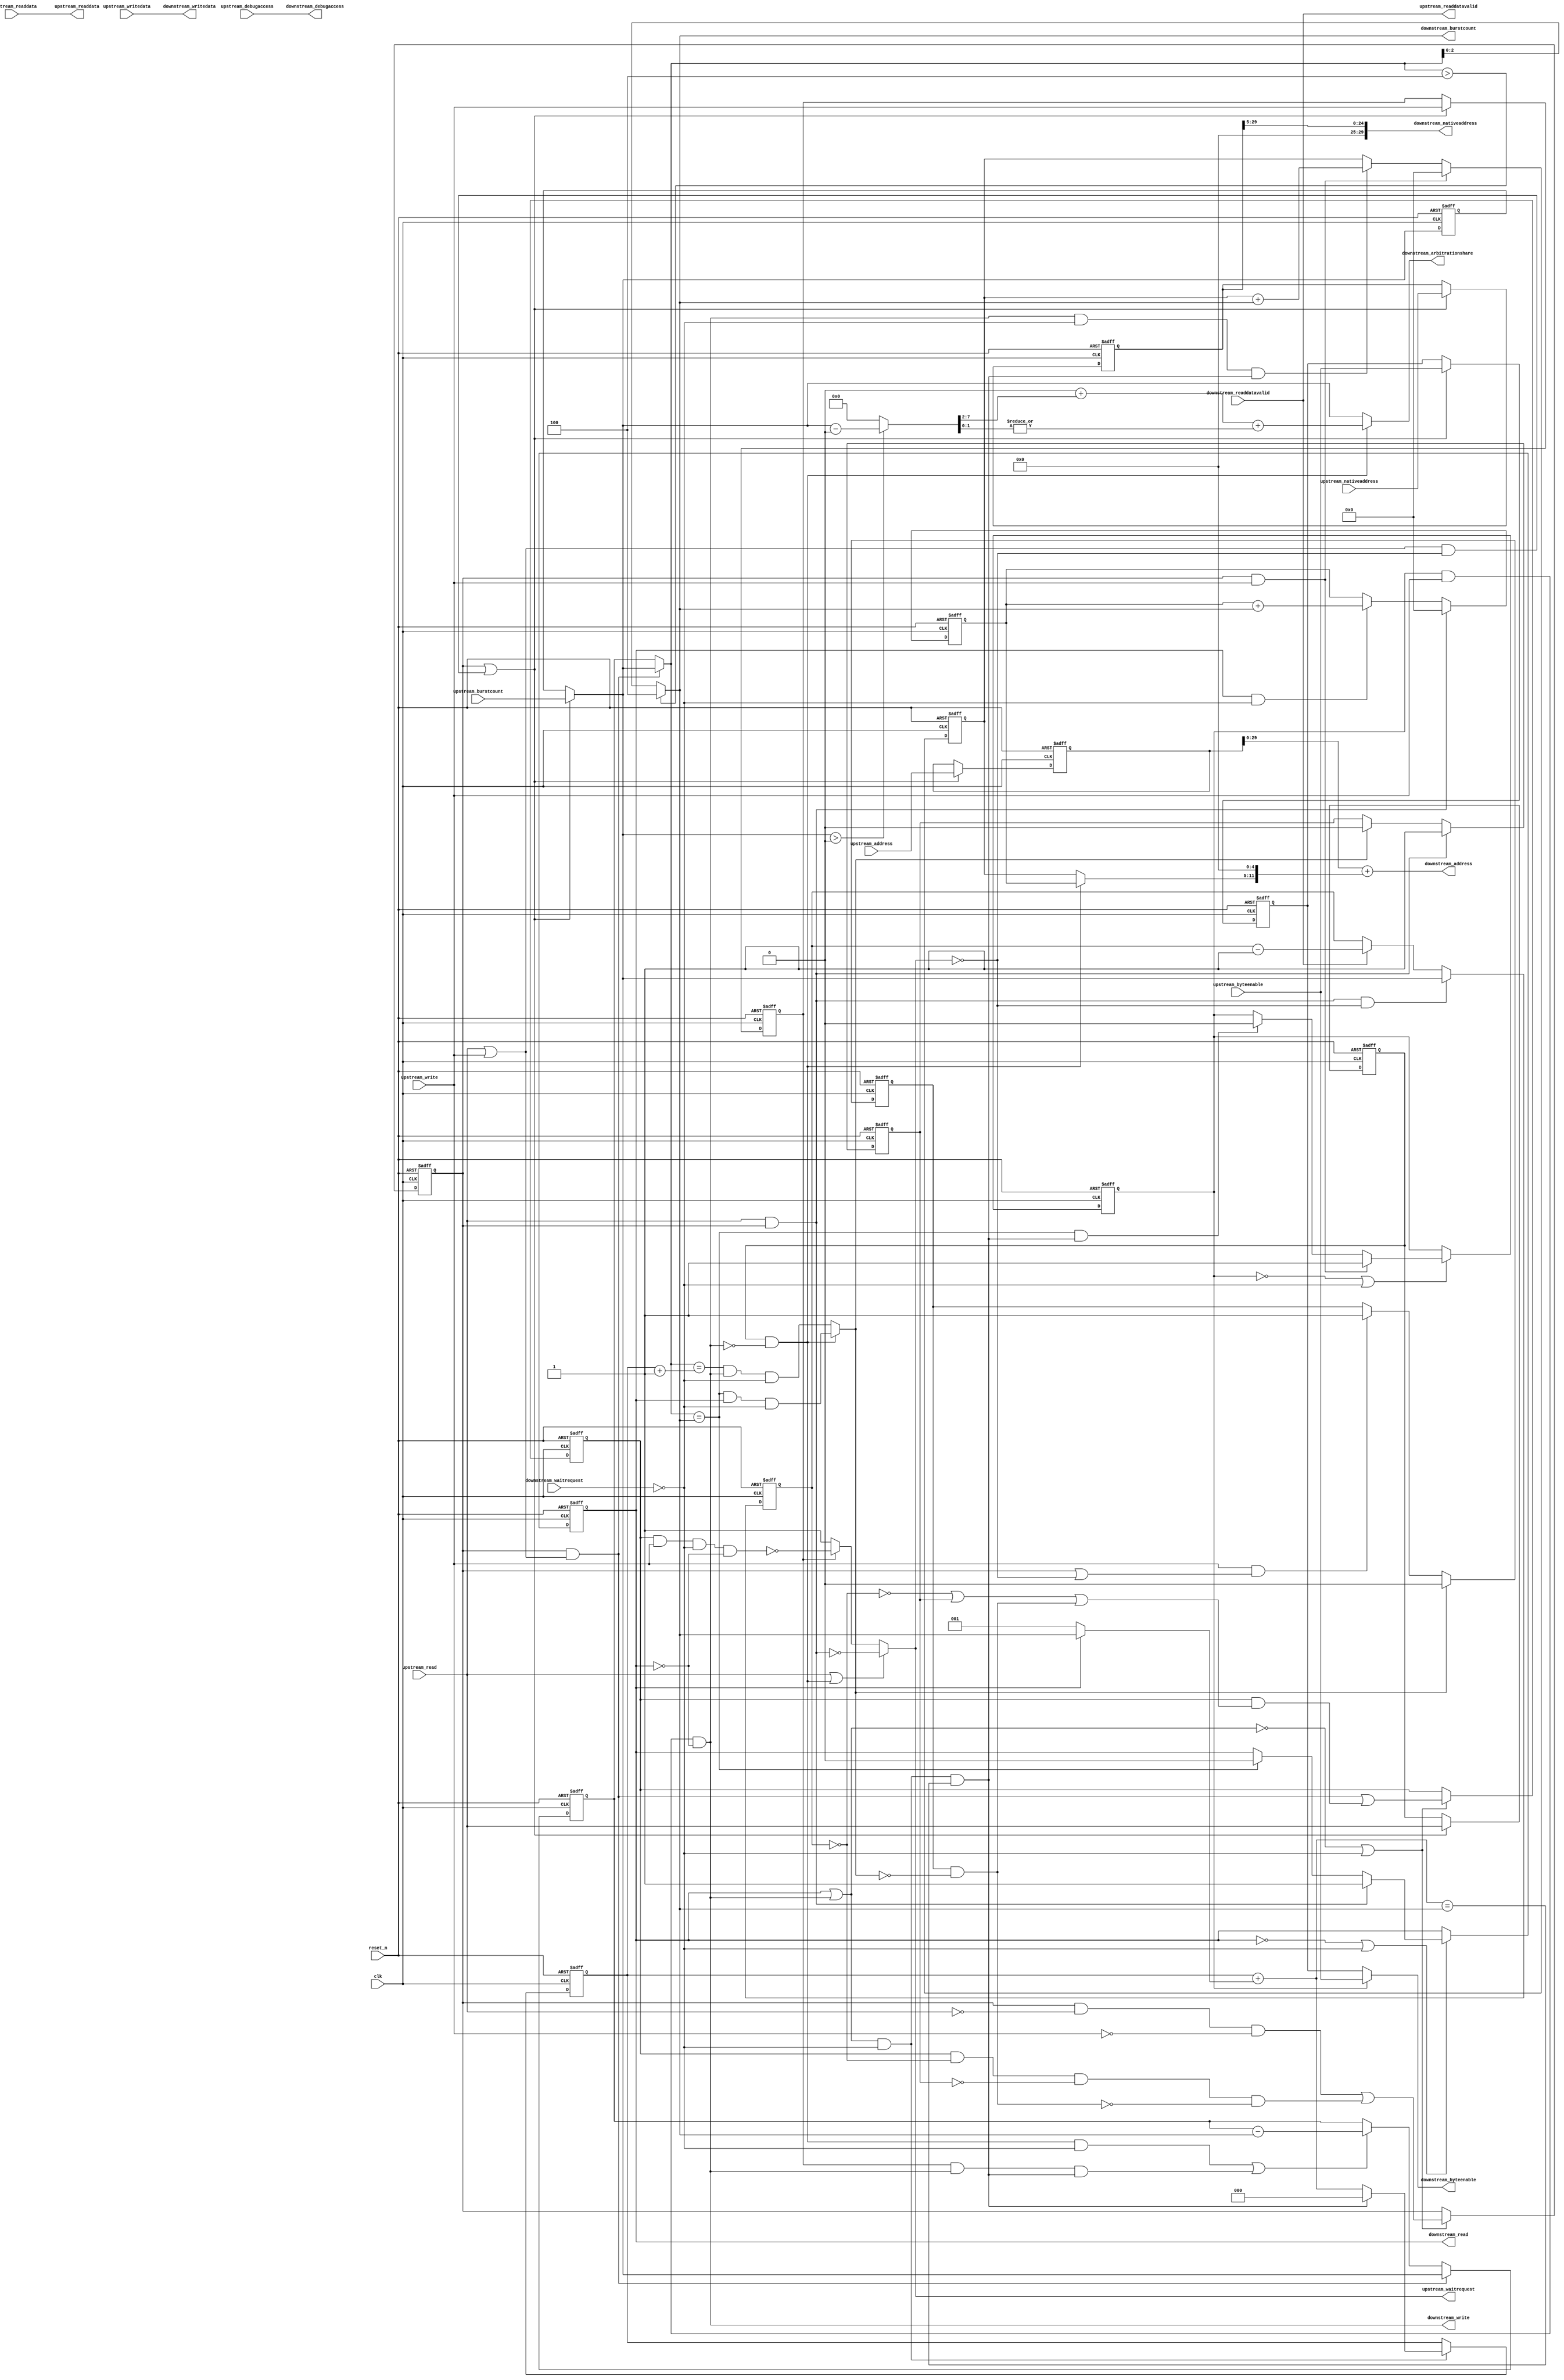
//Legal Notice: (C)2010 Altera Corporation. All rights reserved.  Your
//use of Altera Corporation's design tools, logic functions and other
//software and tools, and its AMPP partner logic functions, and any
//output files any of the foregoing (including device programming or
//simulation files), and any associated documentation or information are
//expressly subject to the terms and conditions of the Altera Program
//License Subscription Agreement or other applicable license agreement,
//including, without limitation, that your use is for the sole purpose
//of programming logic devices manufactured by Altera and sold by Altera
//or its authorized distributors.  Please refer to the applicable
//agreement for further details.

// synthesis translate_off
`timescale 1ns / 1ps
// synthesis translate_on

// turn off superfluous verilog processor warnings 
// altera message_level Level1 
// altera message_off 10034 10035 10036 10037 10230 10240 10030 

//
//Burst adapter parameters:
//adapter is mastered by: Write_Port0/avalon_master
//adapter masters: ddr2/s1
//asp_debug: 0
//byteaddr_width: 35
//ceil_data_width: 256
//data_width: 256
//dbs_shift: 0
//dbs_upstream_burstcount_width: 8
//downstream_addr_shift: 5
//downstream_burstcount_width: 3
//downstream_max_burstcount: 4
//downstream_pipeline: 0
//dynamic_slave: 1
//master_always_burst_max_burst: 0
//master_burst_on_burst_boundaries_only: 0
//master_data_width: 256
//master_interleave: 0
//master_linewrap_bursts: 0
//nativeaddr_width: 30
//slave_always_burst_max_burst: 0
//slave_burst_on_burst_boundaries_only: 0
//slave_interleave: 0
//slave_linewrap_bursts: 0
//upstream_burstcount: upstream_burstcount
//upstream_burstcount_width: 8
//upstream_max_burstcount: 128
//zero_address_width: 0


module ddr2_multi_port_burst_1 (
                                 // inputs:
                                  clk,
                                  downstream_readdata,
                                  downstream_readdatavalid,
                                  downstream_waitrequest,
                                  reset_n,
                                  upstream_address,
                                  upstream_burstcount,
                                  upstream_byteenable,
                                  upstream_debugaccess,
                                  upstream_nativeaddress,
                                  upstream_read,
                                  upstream_write,
                                  upstream_writedata,

                                 // outputs:
                                  downstream_address,
                                  downstream_arbitrationshare,
                                  downstream_burstcount,
                                  downstream_byteenable,
                                  downstream_debugaccess,
                                  downstream_nativeaddress,
                                  downstream_read,
                                  downstream_write,
                                  downstream_writedata,
                                  upstream_readdata,
                                  upstream_readdatavalid,
                                  upstream_waitrequest
                               )
;

  output  [ 29: 0] downstream_address;
  output  [  7: 0] downstream_arbitrationshare;
  output  [  2: 0] downstream_burstcount;
  output  [ 31: 0] downstream_byteenable;
  output           downstream_debugaccess;
  output  [ 29: 0] downstream_nativeaddress;
  output           downstream_read;
  output           downstream_write;
  output  [255: 0] downstream_writedata;
  output  [255: 0] upstream_readdata;
  output           upstream_readdatavalid;
  output           upstream_waitrequest;
  input            clk;
  input   [255: 0] downstream_readdata;
  input            downstream_readdatavalid;
  input            downstream_waitrequest;
  input            reset_n;
  input   [ 34: 0] upstream_address;
  input   [  7: 0] upstream_burstcount;
  input   [ 31: 0] upstream_byteenable;
  input            upstream_debugaccess;
  input   [ 29: 0] upstream_nativeaddress;
  input            upstream_read;
  input            upstream_write;
  input   [255: 0] upstream_writedata;

  wire    [  6: 0] address_offset;
  reg     [  2: 0] atomic_counter;
  wire    [ 34: 0] current_upstream_address;
  wire    [  7: 0] current_upstream_burstcount;
  wire             current_upstream_read;
  wire             current_upstream_write;
  reg     [  7: 0] data_counter;
  wire    [  7: 0] dbs_adjusted_upstream_burstcount;
  wire    [ 29: 0] downstream_address;
  wire    [ 34: 0] downstream_address_base;
  wire    [  7: 0] downstream_arbitrationshare;
  wire    [  2: 0] downstream_burstcount;
  wire             downstream_burstdone;
  wire    [ 31: 0] downstream_byteenable;
  wire             downstream_debugaccess;
  wire    [ 29: 0] downstream_nativeaddress;
  reg              downstream_read;
  wire             downstream_write;
  reg              downstream_write_reg;
  wire    [255: 0] downstream_writedata;
  wire             enable_state_change;
  wire             fifo_empty;
  wire    [  7: 0] interleave_end;
  wire    [  2: 0] max_burst_size;
  wire    [  2: 0] p1_atomic_counter;
  wire             p1_fifo_empty;
  wire             p1_state_busy;
  wire             p1_state_idle;
  wire             pending_register_enable;
  wire             pending_upstream_read;
  reg              pending_upstream_read_reg;
  wire             pending_upstream_write;
  reg              pending_upstream_write_reg;
  reg     [  6: 0] read_address_offset;
  wire             read_update_count;
  wire    [  7: 0] read_write_dbs_adjusted_upstream_burstcount;
  reg     [  7: 0] registered_read_write_dbs_adjusted_upstream_burstcount;
  reg     [ 34: 0] registered_upstream_address;
  reg     [  7: 0] registered_upstream_burstcount;
  reg     [ 31: 0] registered_upstream_byteenable;
  reg     [ 29: 0] registered_upstream_nativeaddress;
  reg              registered_upstream_read;
  reg              registered_upstream_write;
  reg              state_busy;
  reg              state_idle;
  wire             sync_nativeaddress;
  wire    [  7: 0] transactions_remaining;
  reg     [  7: 0] transactions_remaining_reg;
  wire             update_count;
  wire             upstream_burstdone;
  wire             upstream_read_run;
  wire    [255: 0] upstream_readdata;
  wire             upstream_readdatavalid;
  wire             upstream_waitrequest;
  wire             upstream_write_run;
  reg     [  6: 0] write_address_offset;
  wire             write_update_count;
  assign sync_nativeaddress = |upstream_nativeaddress;
  //downstream, which is an e_avalon_master
  //upstream, which is an e_avalon_slave
  assign upstream_burstdone = current_upstream_read ? (transactions_remaining == downstream_burstcount) & downstream_read & ~downstream_waitrequest : (transactions_remaining == (atomic_counter + 1)) & downstream_write & ~downstream_waitrequest;
  assign p1_atomic_counter = atomic_counter + (downstream_read ? downstream_burstcount : 1);
  assign downstream_burstdone = (downstream_read | downstream_write) & ~downstream_waitrequest & (p1_atomic_counter == downstream_burstcount);
  assign dbs_adjusted_upstream_burstcount = pending_register_enable ? read_write_dbs_adjusted_upstream_burstcount : registered_read_write_dbs_adjusted_upstream_burstcount;
  assign read_write_dbs_adjusted_upstream_burstcount = upstream_burstcount;
  always @(posedge clk or negedge reset_n)
    begin
      if (reset_n == 0)
          registered_read_write_dbs_adjusted_upstream_burstcount <= 0;
      else if (pending_register_enable)
          registered_read_write_dbs_adjusted_upstream_burstcount <= read_write_dbs_adjusted_upstream_burstcount;
    end


  assign p1_state_idle = state_idle & ~upstream_read & ~upstream_write | state_busy & (data_counter == 0) & p1_fifo_empty & ~pending_upstream_read & ~pending_upstream_write;
  assign p1_state_busy = state_idle & (upstream_read | upstream_write) | state_busy & (~(data_counter == 0) | ~p1_fifo_empty | pending_upstream_read | pending_upstream_write);
  assign enable_state_change = ~(downstream_read | downstream_write) | ~downstream_waitrequest;
  always @(posedge clk or negedge reset_n)
    begin
      if (reset_n == 0)
          pending_upstream_read_reg <= 0;
      else if (upstream_read & state_idle)
          pending_upstream_read_reg <= -1;
      else if (upstream_burstdone)
          pending_upstream_read_reg <= 0;
    end


  always @(posedge clk or negedge reset_n)
    begin
      if (reset_n == 0)
          pending_upstream_write_reg <= 0;
      else if (upstream_burstdone)
          pending_upstream_write_reg <= 0;
      else if (upstream_write & (state_idle | ~upstream_waitrequest))
          pending_upstream_write_reg <= -1;
    end


  always @(posedge clk or negedge reset_n)
    begin
      if (reset_n == 0)
          state_idle <= 1;
      else if (enable_state_change)
          state_idle <= p1_state_idle;
    end


  always @(posedge clk or negedge reset_n)
    begin
      if (reset_n == 0)
          state_busy <= 0;
      else if (enable_state_change)
          state_busy <= p1_state_busy;
    end


  assign pending_upstream_read = pending_upstream_read_reg;
  assign pending_upstream_write = pending_upstream_write_reg & ~upstream_burstdone;
  assign pending_register_enable = state_idle | ((upstream_read | upstream_write) & ~upstream_waitrequest);
  always @(posedge clk or negedge reset_n)
    begin
      if (reset_n == 0)
          registered_upstream_read <= 0;
      else if (pending_register_enable)
          registered_upstream_read <= upstream_read;
    end


  always @(posedge clk or negedge reset_n)
    begin
      if (reset_n == 0)
          registered_upstream_write <= 0;
      else if (pending_register_enable)
          registered_upstream_write <= upstream_write;
    end


  always @(posedge clk or negedge reset_n)
    begin
      if (reset_n == 0)
          registered_upstream_burstcount <= 0;
      else if (pending_register_enable)
          registered_upstream_burstcount <= upstream_burstcount;
    end


  always @(posedge clk or negedge reset_n)
    begin
      if (reset_n == 0)
          registered_upstream_address <= 0;
      else if (pending_register_enable)
          registered_upstream_address <= upstream_address;
    end


  always @(posedge clk or negedge reset_n)
    begin
      if (reset_n == 0)
          registered_upstream_nativeaddress <= 0;
      else if (pending_register_enable)
          registered_upstream_nativeaddress <= upstream_nativeaddress;
    end


  assign current_upstream_read = registered_upstream_read & !downstream_write;
  assign current_upstream_write = registered_upstream_write;
  assign current_upstream_address = registered_upstream_address;
  assign current_upstream_burstcount = pending_register_enable ? upstream_burstcount : registered_upstream_burstcount;
  always @(posedge clk or negedge reset_n)
    begin
      if (reset_n == 0)
          atomic_counter <= 0;
      else if ((downstream_read | downstream_write) & ~downstream_waitrequest)
          atomic_counter <= downstream_burstdone ? 0 : p1_atomic_counter;
    end


  assign read_update_count = current_upstream_read & ~downstream_waitrequest;
  assign write_update_count = current_upstream_write & downstream_write & downstream_burstdone;
  assign update_count = read_update_count | write_update_count;
  assign transactions_remaining = (state_idle & (upstream_read | upstream_write)) ? dbs_adjusted_upstream_burstcount : transactions_remaining_reg;
  always @(posedge clk or negedge reset_n)
    begin
      if (reset_n == 0)
          transactions_remaining_reg <= 0;
      else 
        transactions_remaining_reg <= (state_idle & (upstream_read | upstream_write)) ? dbs_adjusted_upstream_burstcount : update_count ? transactions_remaining_reg - downstream_burstcount : transactions_remaining_reg;
    end


  always @(posedge clk or negedge reset_n)
    begin
      if (reset_n == 0)
          data_counter <= 0;
      else 
        data_counter <= state_idle & upstream_read & ~upstream_waitrequest ?  dbs_adjusted_upstream_burstcount : downstream_readdatavalid ? data_counter - 1 : data_counter;
    end


  assign max_burst_size = 4;
  assign downstream_burstcount = (transactions_remaining > max_burst_size) ? max_burst_size : transactions_remaining;
  assign interleave_end = (dbs_adjusted_upstream_burstcount > 0) ? (dbs_adjusted_upstream_burstcount - 0) : 0;
  assign downstream_arbitrationshare = current_upstream_read ? (0 + (interleave_end >> 2) + |(interleave_end[1 : 0])) : dbs_adjusted_upstream_burstcount;
  always @(posedge clk or negedge reset_n)
    begin
      if (reset_n == 0)
          write_address_offset <= 0;
      else 
        write_address_offset <= state_idle & upstream_write ? 0 : ((downstream_write & ~downstream_waitrequest & downstream_burstdone)) ? write_address_offset + downstream_burstcount : write_address_offset;
    end


  always @(posedge clk or negedge reset_n)
    begin
      if (reset_n == 0)
          read_address_offset <= 0;
      else 
        read_address_offset <= state_idle & upstream_read ? 0 : (downstream_read & ~downstream_waitrequest) ? read_address_offset + downstream_burstcount : read_address_offset;
    end


  assign downstream_nativeaddress = registered_upstream_nativeaddress >> 5;
  assign address_offset = current_upstream_read ? read_address_offset : write_address_offset;
  assign downstream_address_base = current_upstream_address;
  assign downstream_address = downstream_address_base + {address_offset, 5'b00000};
  always @(posedge clk or negedge reset_n)
    begin
      if (reset_n == 0)
          downstream_read <= 0;
      else if (~downstream_read | ~downstream_waitrequest)
          downstream_read <= state_idle & upstream_read ? 1 : (transactions_remaining == downstream_burstcount) ? 0 : downstream_read;
    end


  assign upstream_readdatavalid = downstream_readdatavalid;
  assign upstream_readdata = downstream_readdata;
  assign fifo_empty = 1;
  assign p1_fifo_empty = 1;
  always @(posedge clk or negedge reset_n)
    begin
      if (reset_n == 0)
          downstream_write_reg <= 0;
      else if (~downstream_write_reg | ~downstream_waitrequest)
          downstream_write_reg <= state_idle & upstream_write ? 1 : ((transactions_remaining == downstream_burstcount) & downstream_burstdone) ? 0 : downstream_write_reg;
    end


  always @(posedge clk or negedge reset_n)
    begin
      if (reset_n == 0)
          registered_upstream_byteenable <= 32'b11111111111111111111111111111111;
      else if (pending_register_enable)
          registered_upstream_byteenable <= upstream_byteenable;
    end


  assign downstream_write = downstream_write_reg & upstream_write & !downstream_read;
  assign downstream_byteenable = downstream_write_reg ? upstream_byteenable : registered_upstream_byteenable;
  assign downstream_writedata = upstream_writedata;
  assign upstream_read_run = state_idle & upstream_read;
  assign upstream_write_run = state_busy & upstream_write & ~downstream_waitrequest & !downstream_read;
  assign upstream_waitrequest = (upstream_read | current_upstream_read) ? ~upstream_read_run : current_upstream_write ? ~upstream_write_run : 1;
  assign downstream_debugaccess = upstream_debugaccess;

endmodule